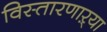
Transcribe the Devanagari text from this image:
विस्तारणाऱ्या